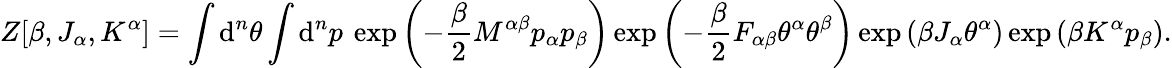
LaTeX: Z[\beta,J_{\alpha},K^{\alpha}]=\int\mathrm{d}^{n}\theta\int\mathrm{d}^{n}p\: \exp\left(-\frac{\beta}{2}M^{\alpha\beta}p_{\alpha}p_{\beta}\right)\exp\left(-\frac{\beta}{2}F_{\alpha\beta}\theta^{\alpha}\theta^{\beta}\right)\exp\left(\beta J_{\alpha}\theta^{\alpha}\right)\exp\left(\beta K^{\alpha}p_{\beta}\right).